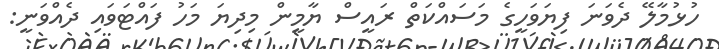
ހުޅުމާލޭ ދެވަނަ ފިޔަވަހީގެ މަސައްކަތް ރައީސް ޔާމީން މިދިޔަ މަހު ފައްޓަވައި ދެއްވަނީ: